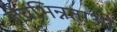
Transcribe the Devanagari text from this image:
जैवभिन्नताओं